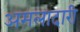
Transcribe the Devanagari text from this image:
अमलादारी